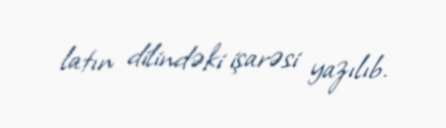
latın dilindəki işarəsi yazılıb.